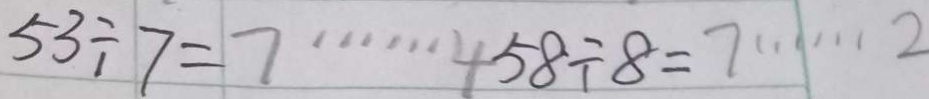
5 3 \div 7 = 7 \cdots 4 5 8 \div 8 = 7 \cdots 2